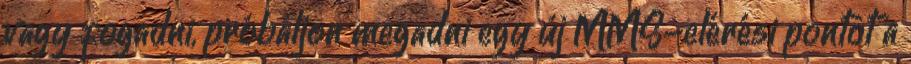
vagy fogadni, próbáljon megadni egy új MMS-elérési pontot a